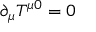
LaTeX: \partial _ { \mu } T ^ { \mu 0 } = 0